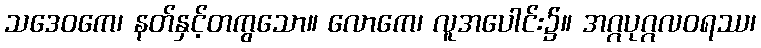
သဒေဝကေ၊ နတ်နှင့်တကွသော။ လောကေ၊ လူအပေါင်း၌။ အဂ္ဂပုဂ္ဂလဝရဿ၊